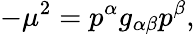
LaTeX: -\mu^{2}=p^{\alpha}g_{\alpha\beta}p^{\beta},